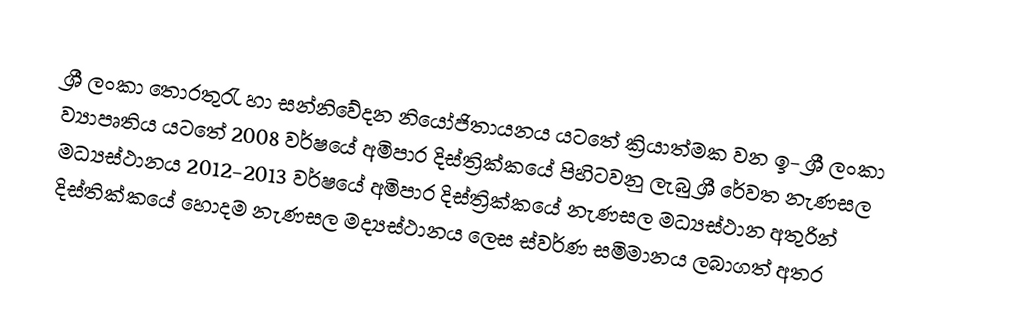
ශ්‍රී ලංකා තොරතුරැ හා සන්නිවේදන නියෝජිතායනය යටතේ ක්‍රියාත්මක වන ඉ- ශ්‍රී ලංකා‍ ව්‍යාපෘතිය යටතේ 2008 වර්ෂයේ අමිපාර දිස්ත්‍රික්කයේ පිහිටවනු ලැබු ශ්‍රී රේවත නැණසල මධ්‍යස්ථානය 2012-2013 වර්ෂයේ අමිපාර දිස්ත්‍රික්කයේ නැණසල මධ්‍යස්ථාන අතුරින් දිස්තික්කයේ හොදම නැණසල මද්‍යස්ථානය ලෙස ස්වර්ණ සමිමානය ලබාගත් අතර